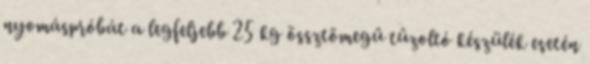
nyomáspróbát a legfeljebb 25 kg össztömegû tûzoltó készülék esetén